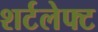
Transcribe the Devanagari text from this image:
शर्टलेफ्ट